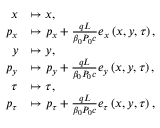
\begin{array} { r l } { x } & { \mapsto x , } \\ { p _ { x } } & { \mapsto p _ { x } + \frac { q L } { \beta _ { 0 } P _ { 0 } c } e _ { x } \left( x , y , \tau \right) , } \\ { y } & { \mapsto y , } \\ { p _ { y } } & { \mapsto p _ { y } + \frac { q L } { \beta _ { 0 } P _ { 0 } c } e _ { y } \left( x , y , \tau \right) , } \\ { \tau } & { \mapsto \tau , } \\ { p _ { \tau } } & { \mapsto p _ { \tau } + \frac { q L } { \beta _ { 0 } P _ { 0 } c } e _ { \tau } \left( x , y , \tau \right) , } \end{array}